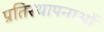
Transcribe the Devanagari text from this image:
प्रतिस्थापनाओं